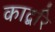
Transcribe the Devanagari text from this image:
काद्बरि